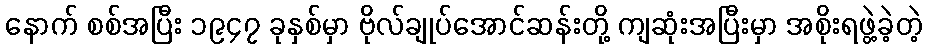
နောက် စစ်အပြီး ၁၉၄၇ ခုနှစ်မှာ ဗိုလ်ချုပ်အောင်ဆန်းတို့ ကျဆုံးအပြီးမှာ အစိုးရဖွဲ့ခဲ့တဲ့